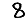
Digit: 8